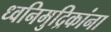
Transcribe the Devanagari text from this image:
ध्वनिमुद्रिकांना